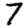
Digit: 7